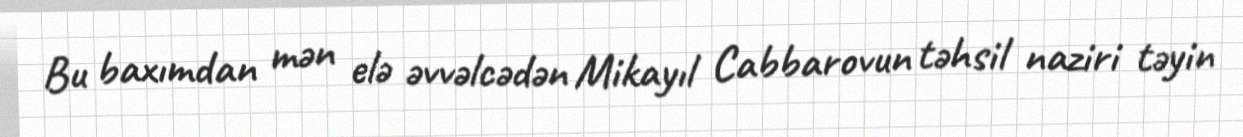
Bu baxımdan mən elə əvvəlcədən Mikayıl Cabbarovun təhsil naziri təyin